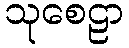
သုစေဠာ